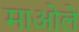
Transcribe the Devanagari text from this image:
माओले